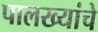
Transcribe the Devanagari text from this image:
पालख्यांचे